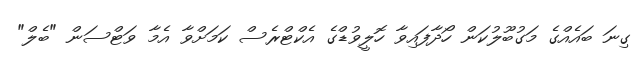
ގިނަ ބައެއްގެ މަގުބޫލުކަން ހޯދާފައިވާ ހޮލީވުޑްގެ އެކްޓްރެސް ކަމަށްވާ އެމާ ވަޓްސަން "ބެލް"